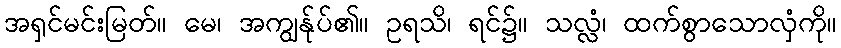
အရှင်မင်းမြတ်။ မေ၊ အကျွန်ုပ်၏။ ဥရသိ၊ ရင်၌။ သလ္လံ၊ ထက်စွာသောလှံကို။